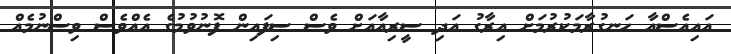
އައިއެސްއާ ހަނގުރާމަކުރުމަށް އިރާގު އަދި ސީރިއާއަށް ވެސް ސިފައިން ފޮނުވުމުގެ އެއްވެސް ވިސްނުމެއް